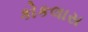
કોકલાસ